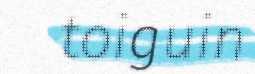
toiguin